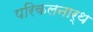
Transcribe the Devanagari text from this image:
परिकलनार्थ